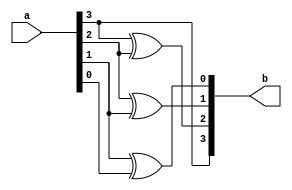
module btg_df(a,b);
  input [3:0]a;
  output [3:0]b;
  assign b[3]=a[3];
  assign b[2]=a[3]^a[2];
  assign b[1]=a[2]^a[1];
  assign b[0]=a[1]^a[0];
endmodule